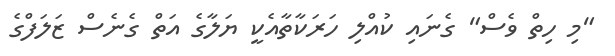
"މި ހިތް ވެސް" ގެނައި ކުއްލި ހަރަކާތާއެކީ ޔަލާގެ އަތް ގެނެސް ޒަލަފްގެ